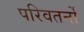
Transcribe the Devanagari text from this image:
परिवतर्नों